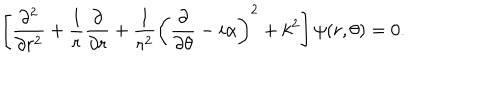
LaTeX: \left[ { \frac { \partial ^ { 2 } } { \partial r ^ { 2 } } } + { \frac { 1 } { r } } { \frac { \partial } { \partial r } } + { \frac { 1 } { r ^ { 2 } } } \left( { \frac { \partial } { \partial \theta } } - i \alpha \right) ^ { 2 } + k ^ { 2 } \right] \psi ( r , \theta ) = 0 .